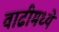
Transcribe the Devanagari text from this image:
वाढीमध्ये